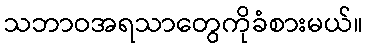
သဘာဝအရသာတွေကိုခံစားမယ်။